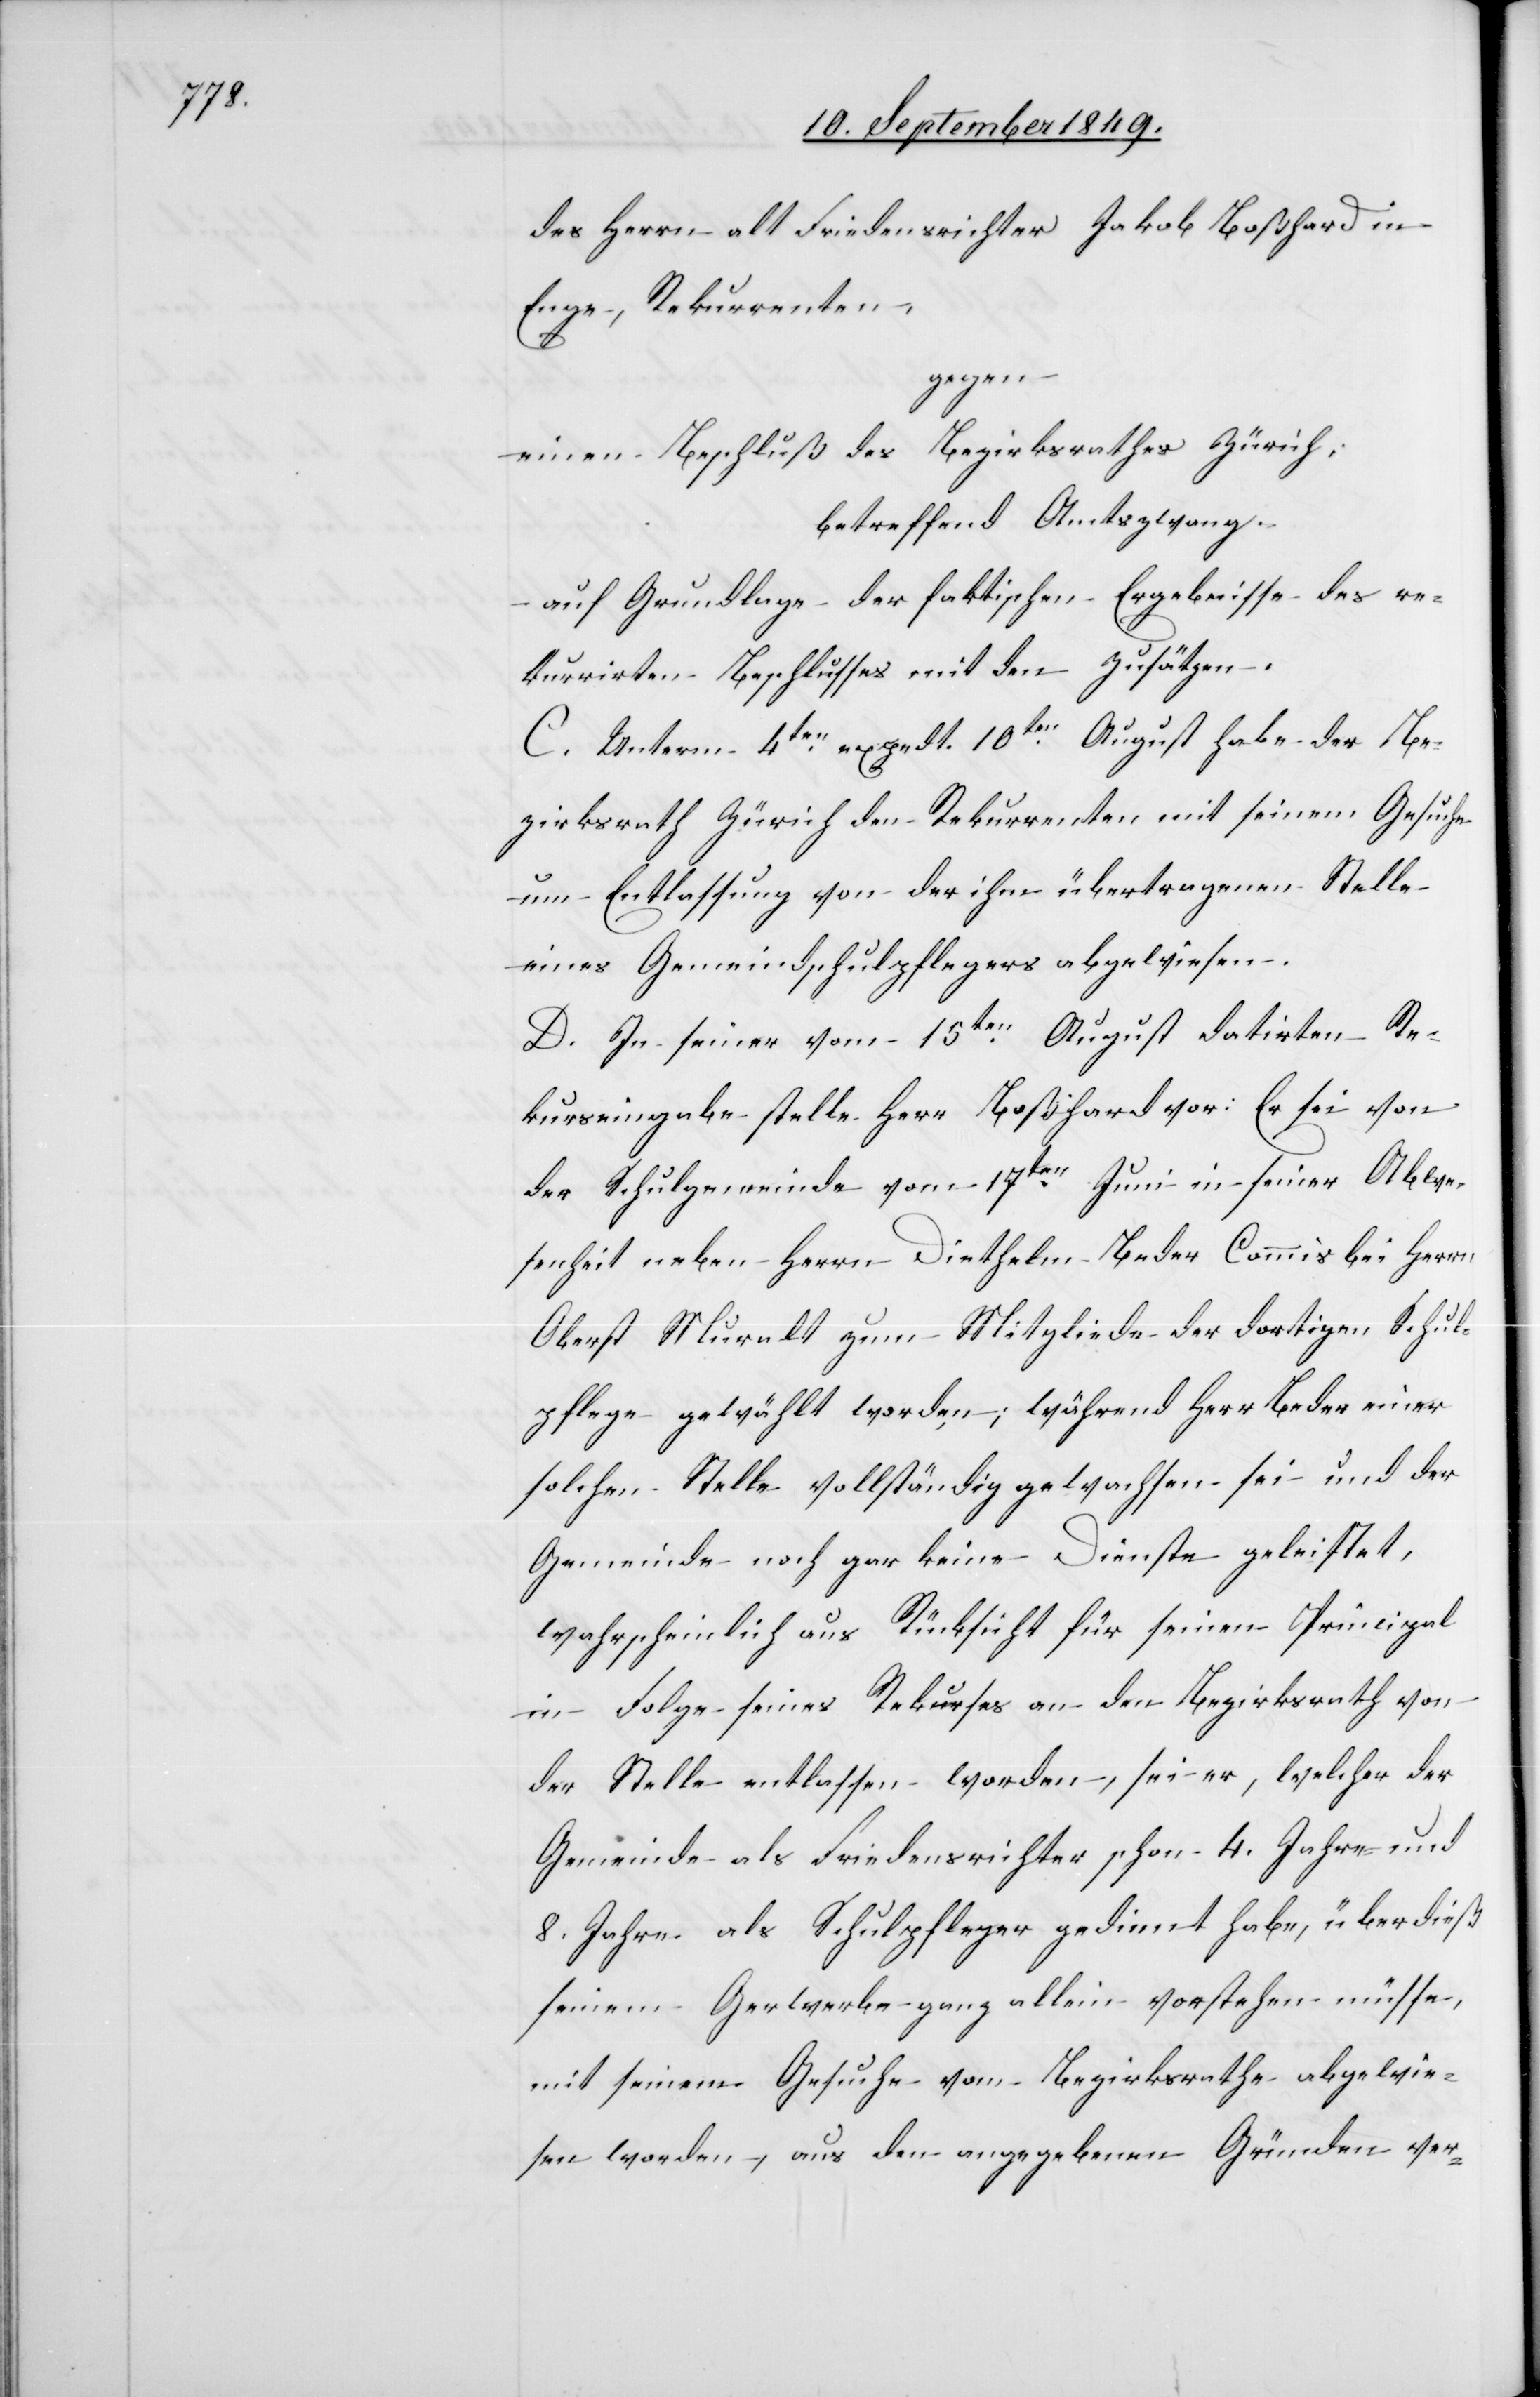
des Herrn alt Friedensrichter Jakob Boßhard in
Enge, Rekurrenten,
gegen
einen Beschluß des Bezirksrathes Zürich;
betreffend Amtszwang
auf Grundlage der faktischen Ergebnisse des re¬
kurrirten Beschlusses mit den Zusätzen.
C. Unterm 4ten exzedt. 10ten August habe der Be¬
zirksrath Zürich den Rekurrenten mit seinem Gesuche
um Entlassung von der ihm übertragenen Stelle
eines Gemeindsschulpflegers abgewiesen.
D. In seiner vom 15ten August datirten Re¬
kurseingabe stelle Herr Boßhard vor: Er sei von
der Schulgemeinde vom 17ten Juni in seiner Abwe¬
senheit neben Herrn Diethelm Beder Commis bei Herrn
Oberst Muralt zum Mitgliede der dortigen Schul¬
pflege gewählt worden; während Herr Beder einer
solchen Stelle vollständig gewachsen sei und der
Gemeinde noch gar keine Dienste geleistet,
wahrscheinlich aus Rücksicht für seinen Principal
in Folge seines Rekurses an den Bezirksrath von
der Stelle entlassen worden, sei er, welcher der
Gemeinde als Friedensrichter schon 4. Jahre und
8. Jahre als Schulpfleger gedient habe, überdieß
seinem Gerwerbe [sic!] ganz allein vorstehen müsse,
mit seinem Gesuche vom Bezirksrathe abgewie¬
sen worden, aus den angegeben Gründen ver-